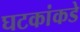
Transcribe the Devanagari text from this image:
घटकांकडे